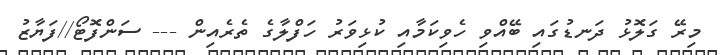
މިރޭ ގަލޮޅު ދަނޑުގައި ބޭއްވި ހެވިކަމާއި ކުޅިވަރު ހަފްލާގެ ތެރެއިން --- ސަންފޮޓޯ//ފަޔާޒު